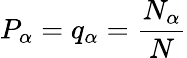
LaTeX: P_{\alpha}=q_{\alpha}=\frac{N_{\alpha}}{N}